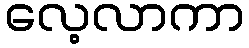
လေ့လာကာ